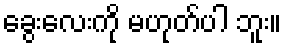
ခွေးလေးကို မဟုတ်ပါ ဘူး။